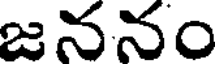
జననం